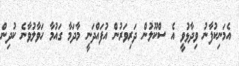
އެމަނިކުފާނު ވިދާޅުވީ އެ ސްކޫލުން ދަރިވަރުން އުފައްދަނީ މާދަމާ ގައުމާ ހަވާލުވާނެ ކުދިން